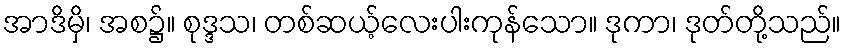
အာဒိမှိ၊ အစ၌။ စုဒ္ဒသ၊ တစ်ဆယ့်လေးပါးကုန်သော။ ဒုကာ၊ ဒုတ်တို့သည်။